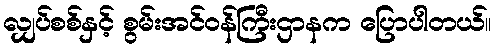
လျှပ်စစ်နှင့် စွမ်းအင်ဝန်ကြီးဌာနက ပြောပါတယ်။